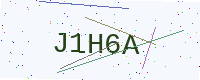
Text: J1H6A